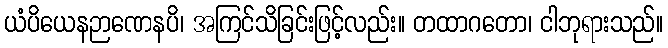
ယံပိယေနဉာဏေနပိ၊ အကြင်သိခြင်းဖြင့်လည်း။ တထာဂတော၊ ငါဘုရားသည်။